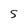
Character: 5